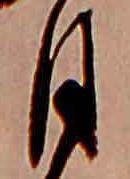
月